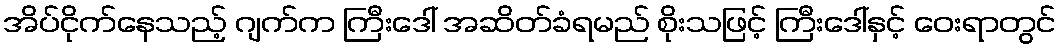
အိပ်ငိုက်နေသည့် ဂျက်က ကြီးဒေါ် အဆိတ်ခံရမည် စိုးသဖြင့် ကြီးဒေါ်နှင့် ဝေးရာတွင်